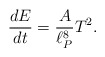
\begin{align*}{d E \over dt} = \frac{A}{\ell_P^8} T^2.\end{align*}